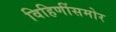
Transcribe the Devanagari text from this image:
विहिणींसमोर